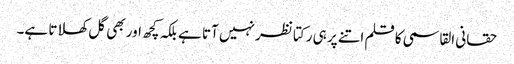
حقانی القاسمی کا قلم اتنے پر ہی رکتا نظر نہیں آتا ہے بلکہ کچھ اور بھی گل کھلاتا ہے۔